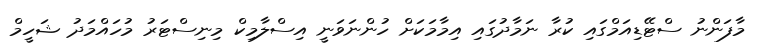
މާފަންނު ސްޓޭޑިއަމްގައި ކުރާ ނަމާދުގައި އިމާމަކަށް ހުންނަވަނީ އިސްލާމިކް މިނިސްޓަރު މުހައްމަދު ޝަހީމް